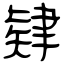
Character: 肄